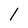
Character: 1